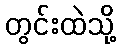
တွင်းထဲသို့